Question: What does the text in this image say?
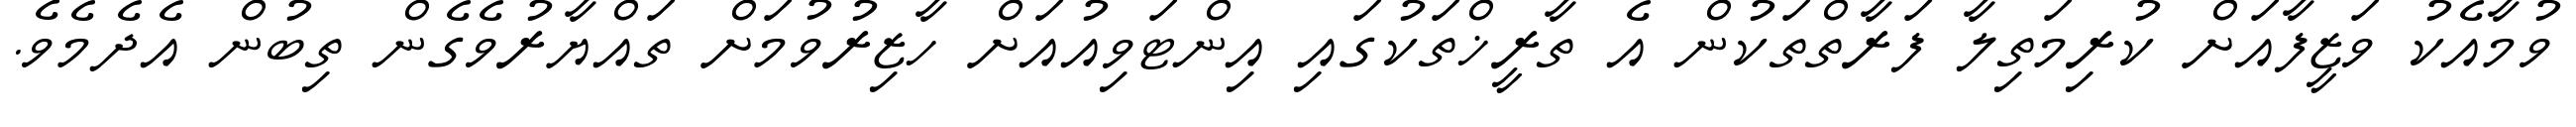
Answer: ވުމާއެކު ވަޒީފާއަށް ކުރިމަތިލާ ފަރާތްތަކުން އެ ތާރީޚްތަކުގައި އިންޓަވިއުއަށް ހާޒިރުވުމަށް ތައްޔާރުވެގެން ތިބުން އެދެމެވެ.